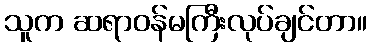
သူက ဆရာဝန်မကြီးလုပ်ချင်တာ။